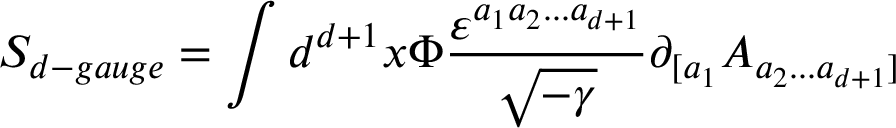
S _ { d - g a u g e } = \int d ^ { d + 1 } x \Phi \frac { \varepsilon ^ { a _ { 1 } a _ { 2 } . . . a _ { d + 1 } } } { \sqrt { - \gamma } } \partial _ { [ a _ { 1 } } A _ { a _ { 2 } . . . a _ { d + 1 } ] }